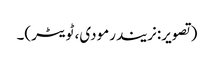
(تصویر:نریندرمودی، ٹویٹر)۔